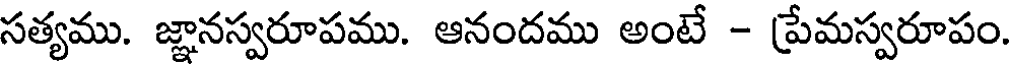
సత్యము. జ్ఞానస్వరూపము. ఆనందము అంటే - ప్రేమస్వరూపం.